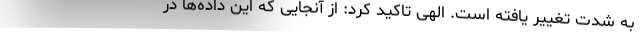
به شدت تغییر یافته است. الهی تاکید کرد: از آنجایی که این داده‌ها در